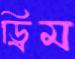
ড্রিম